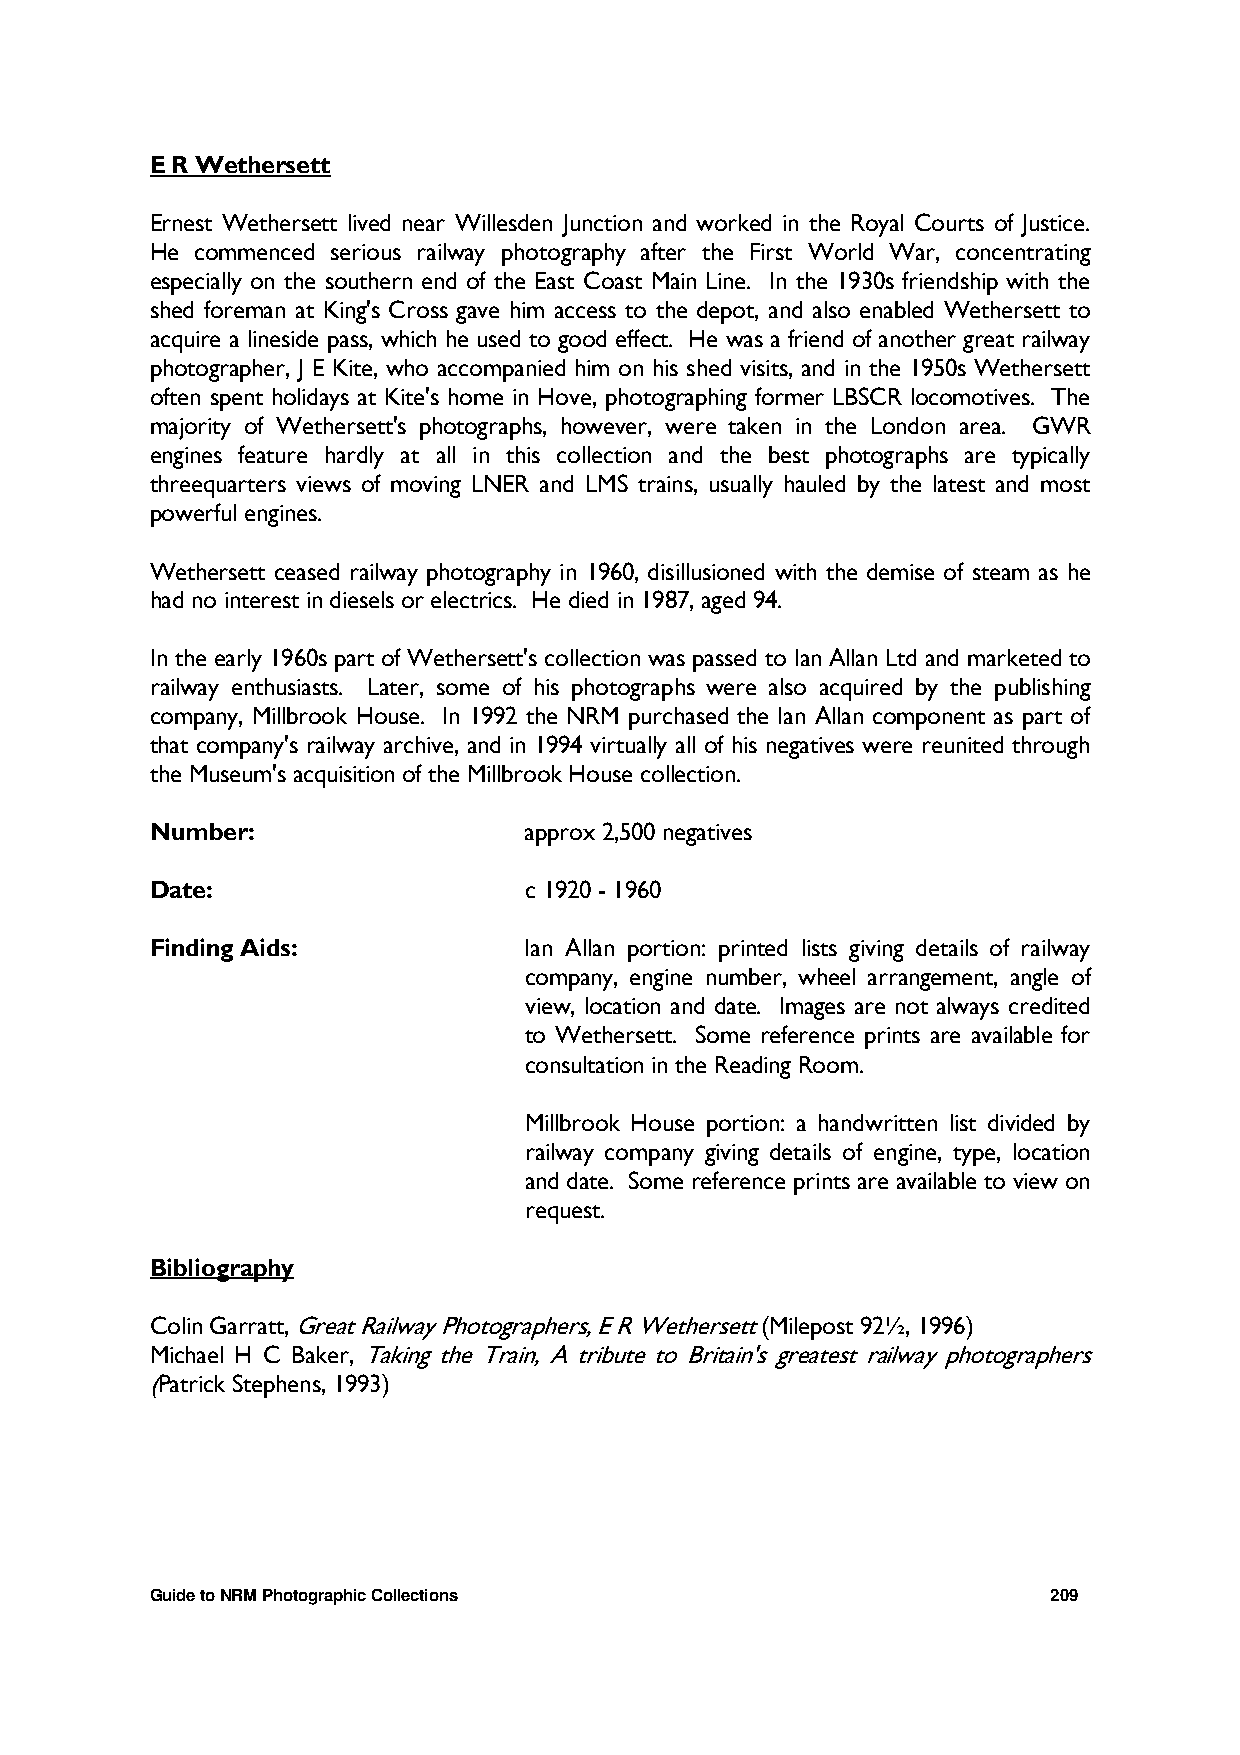
E R Wethersett
 Ernest Wethersett lived near Willesden Junction and worked in the Royal Courts of Justice.
 He commenced serious railway photography after the First World War, concentrating
 especially on the southern end of the East Coast Main Line. In the 1930s friendship with the
 shed foreman at King's Cross gave him access to the depot, and also enabled Wethersett to
 acquire a lineside pass, which he used to good effect. He was a friend of another great railway
 photographer, J E Kite, who accompanied him on his shed visits, and in the 1950s Wethersett
 often spent holidays at Kite's home in Hove, photographing former LBSCR locomotives. The
 majority of Wethersett's photographs, however, were taken in the London area. GWR
 engines feature hardly at all in this collection and the best photographs are typically
 threequarters views of moving LNER and LMS trains, usually hauled by the latest and most
 powerful engines.
 Wethersett ceased railway photography in 1960, disillusioned with the demise of steam as he
 had no interest in diesels or electrics. He died in 1987, aged 94.
 In the early 1960s part of Wethersett's collection was passed to Ian Allan Ltd and marketed to
 railway enthusiasts. Later, some of his photographs were also acquired by the publishing
 company, Millbrook House. In 1992 the NRM purchased the Ian Allan component as part of
 that company's railway archive, and in 1994 virtually all of his negatives were reunited through
 the Museum's acquisition of the Millbrook House collection.
 Number:                  approx 2,500 negatives
 Date:                    c 1920 - 1960
 Finding Aids:            Ian Allan portion: printed lists giving details of railway
 company, engine number, wheel arrangement, angle of
 view, location and date. Images are not always credited
 to Wethersett. Some reference prints are available for
 consultation in the Reading Room.
 Millbrook House portion: a handwritten list divided by
 railway company giving details of engine, type, location
 and date. Some reference prints are available to view on
 request.
 Bibliography
 Colin Garratt, Great Railway Photographers, E R Wethersett (Milepost 92½, 1996)
 Michael H C Baker, Taking the Train, A tribute to Britain's greatest railway photographers
 (Patrick Stephens, 1993)
 Guide to NRM Photographic Collections                       209